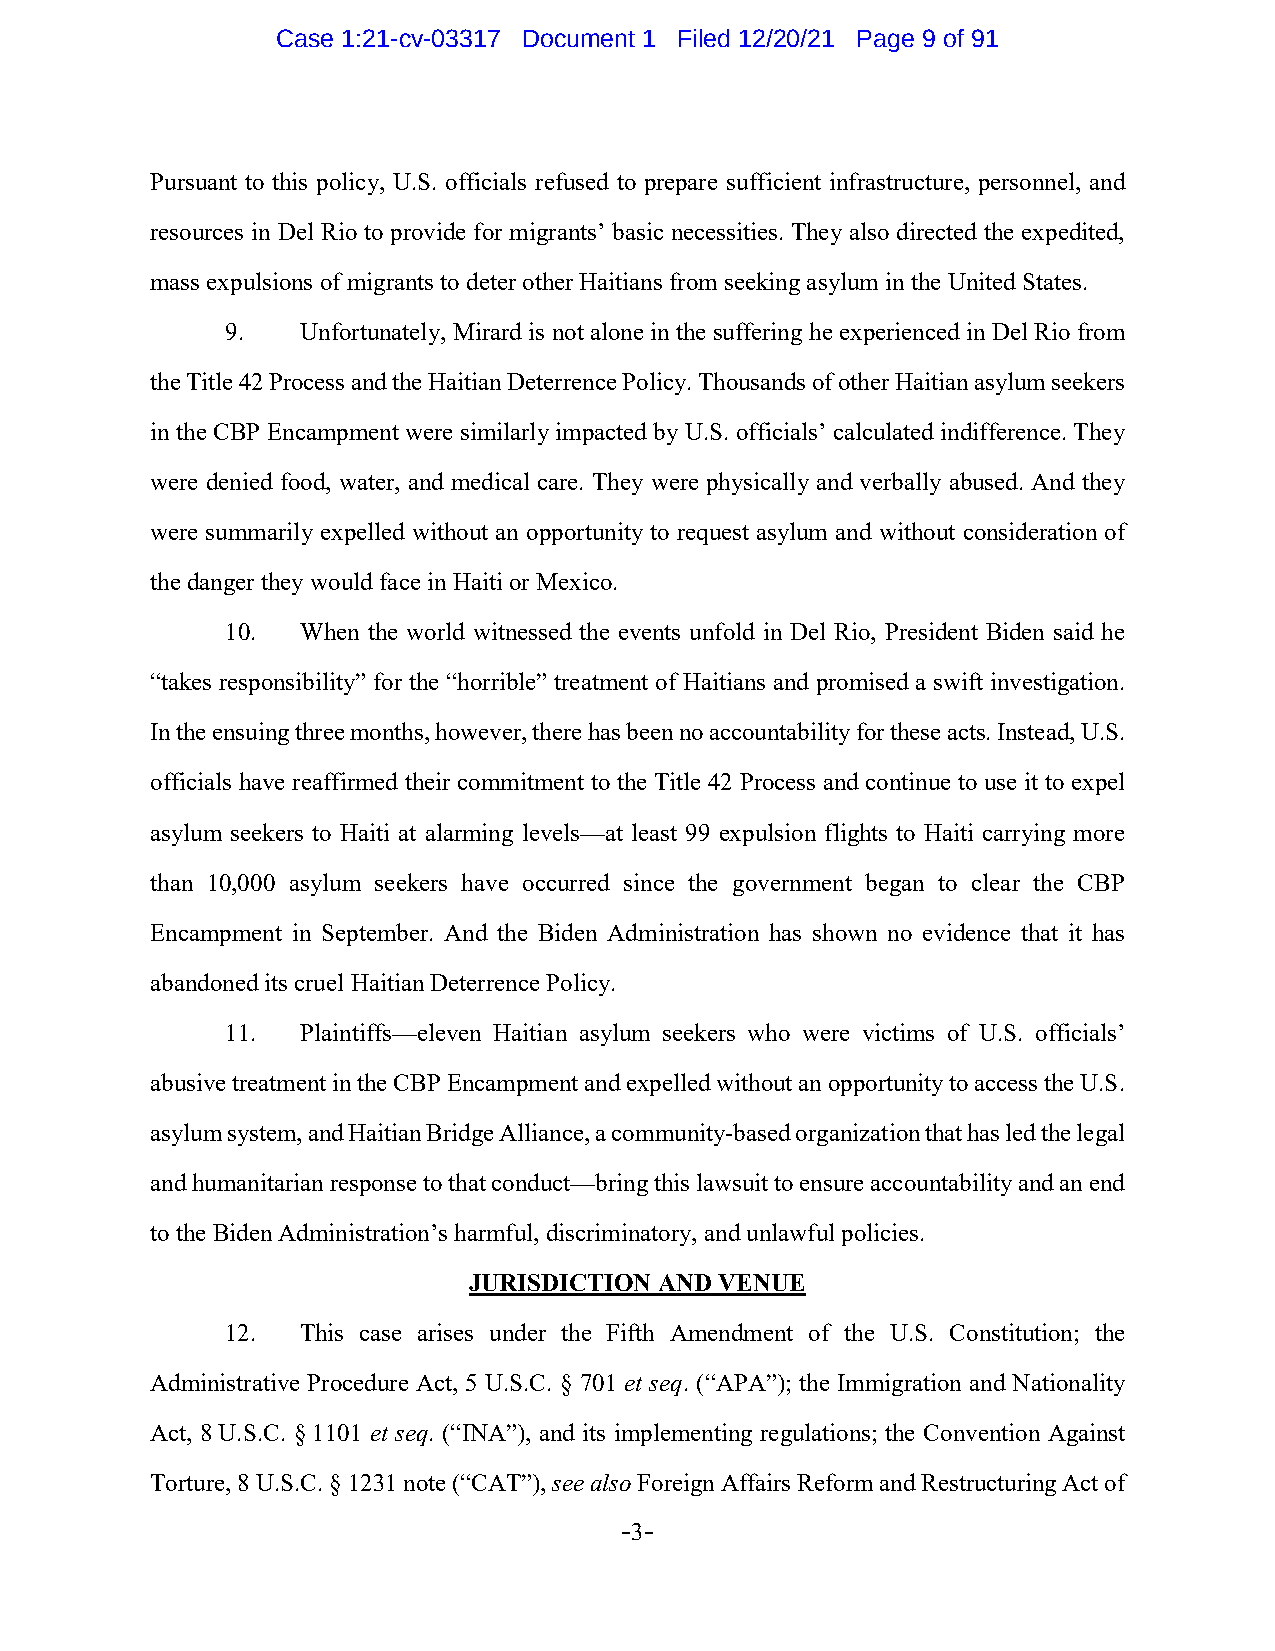
Case 1:21-cv-03317 Document 1 Filed 12/20/21 Page 9 of 91
 Pursuant to this policy, U.S. officials refused to prepare sufficient infrastructure, personnel, and
 resources in Del Rio to provide for migrants’ basic necessities. They also directed the expedited,
 mass expulsions of migrants to deter other Haitians from seeking asylum in the United States.
 9.   Unfortunately, Mirard is not alone in the suffering he experienced in Del Rio from
 the Title 42 Process and the Haitian Deterrence Policy. Thousands of other Haitian asylum seekers
 in the CBP Encampment were similarly impacted by U.S. officials’ calculated indifference. They
 were denied food, water, and medical care. They were physically and verbally abused. And they
 were summarily expelled without an opportunity to request asylum and without consideration of
 the danger they would face in Haiti or Mexico.
 10.  When the world witnessed the events unfold in Del Rio, President Biden said he
 “takes responsibility” for the “horrible” treatment of Haitians and promised a swift investigation.
 In the ensuing three months, however, there has been no accountability for these acts. Instead, U.S.
 officials have reaffirmed their commitment to the Title 42 Process and continue to use it to expel
 asylum seekers to Haiti at alarming levels—at least 99 expulsion flights to Haiti carrying more
 than 10,000 asylum seekers have occurred since the government began to clear the CBP
 Encampment in September. And the Biden Administration has shown no evidence that it has
 abandoned its cruel Haitian Deterrence Policy.
 11.  Plaintiffs—eleven Haitian asylum seekers who were victims of U.S. officials’
 abusive treatment in the CBP Encampment and expelled without an opportunity to access the U.S.
 asylum system, and Haitian Bridge Alliance, a community-based organization that has led the legal
 and humanitarian response to that conduct—bring this lawsuit to ensure accountability and an end
 to the Biden Administration’s harmful, discriminatory, and unlawful policies.
 JURISDICTION AND VENUE
 12.  This case arises under the Fifth Amendment of the U.S. Constitution; the
 Administrative Procedure Act, 5 U.S.C. § 701 et seq. (“APA”); the Immigration and Nationality
 Act, 8 U.S.C. § 1101 et seq. (“INA”), and its implementing regulations; the Convention Against
 Torture, 8 U.S.C. § 1231 note (“CAT”), see also Foreign Affairs Reform and Restructuring Act of
 -3-